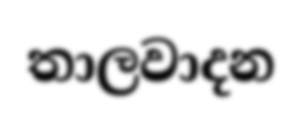
තාලවාදන